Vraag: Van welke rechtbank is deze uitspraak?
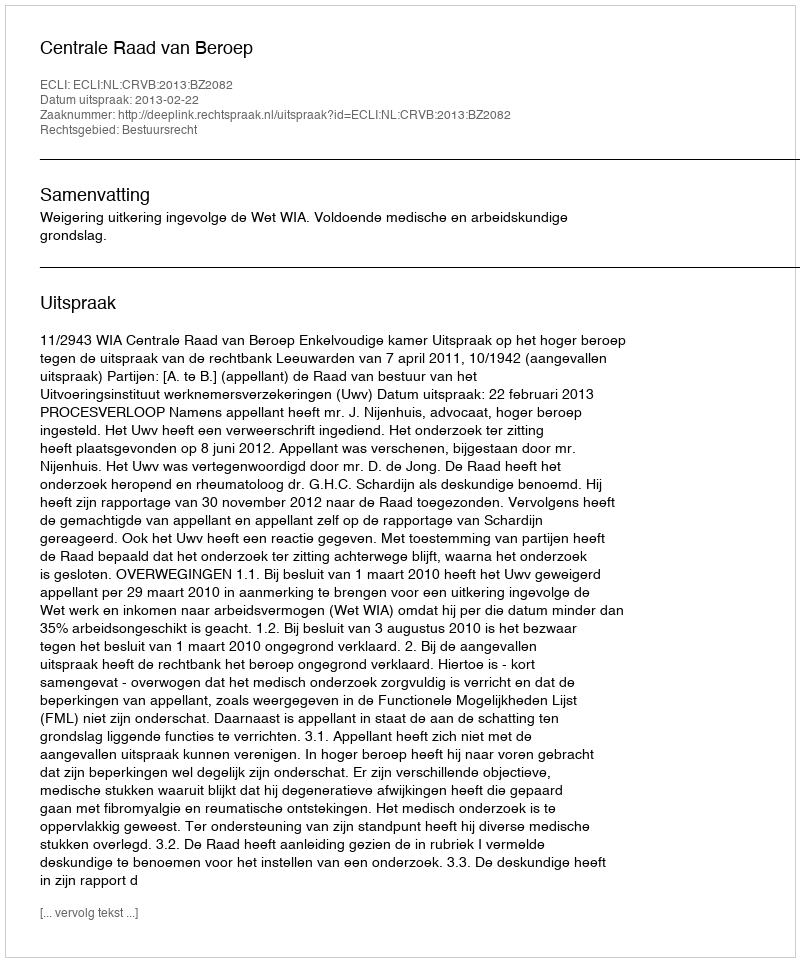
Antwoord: Centrale Raad van Beroep